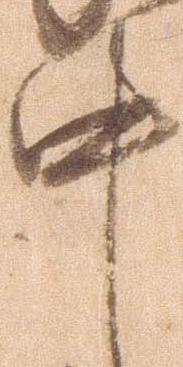
中